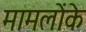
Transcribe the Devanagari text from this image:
मामलोंके